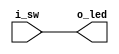
module thruwire(i_sw, o_led);
    input wire  i_sw;
    output wire o_led;

    assign o_led = i_sw;
endmodule